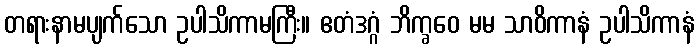
တရားနာမပျက်သော ဥပါသိကာမကြီး။ ဧတံဒဂ္ဂံ ဘိက္ခဝေ မမ သာဝိကာနံ ဥပါသိကာနံ